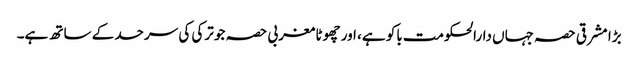
بڑا مشرقی حصہ جہاں دارالحکومت باکو ہے، اور چھوٹا مغربی حصہ جو ترکی کی سرحد کے ساتھ ہے۔